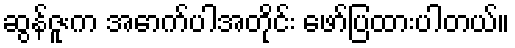
ဆွန်ဇူးက အောက်ပါအတိုင်း ဖော်ပြထားပါတယ်။